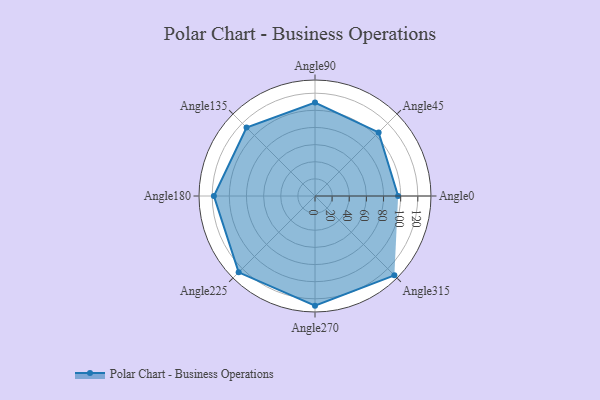
{"axis": {"x": "Angle", "y": "Radius"}, "legend": [""], "data": [{"x": "Angle0", "y": 97.0, "type": ""}, {"x": "Angle45", "y": 105.0, "type": ""}, {"x": "Angle90", "y": 109.0, "type": ""}, {"x": "Angle135", "y": 113.0, "type": ""}, {"x": "Angle180", "y": 118.0, "type": ""}, {"x": "Angle225", "y": 126.0, "type": ""}, {"x": "Angle270", "y": 128.0, "type": ""}, {"x": "Angle315", "y": 131.0, "type": ""}]}